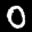
Label: 0